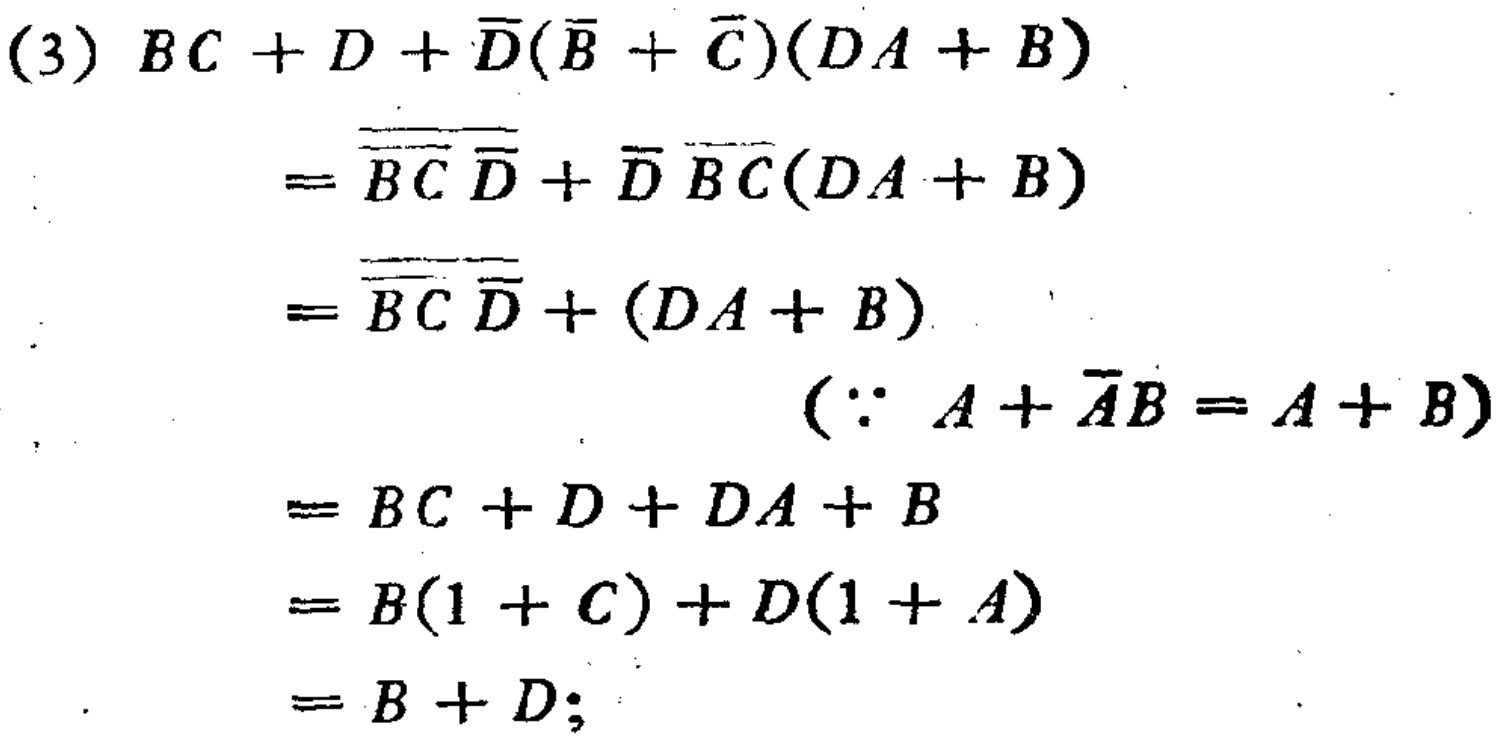
\begin{align*}

&(3)\ BC + D+\overline{D}(\overline{B}+\overline{C})(DA + B)\\

&=\overline{\overline{BC}\overline{D}}+\overline{D}\overline{B}\overline{C}(DA + B)\\

&=\overline{\overline{BC}\overline{D}}+(DA + B)\quad(\because A+\overline{A}B = A + B)\\

&=BC + D+DA + B\\

&=B(1 + C)+D(1 + A)\\

&=B + D;

\end{align*}